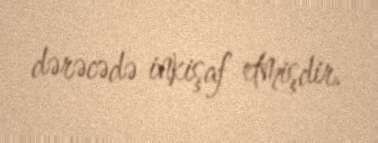
dərəcədə inkişaf etmişdir.